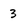
Character: 3